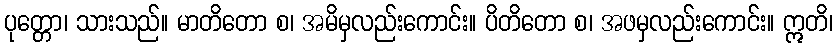
ပုတ္တော၊ သားသည်။ မာတိတော စ၊ အမိမှလည်းကောင်း။ ပိတိတော စ၊ အဖမှလည်းကောင်း။ ဣတိ၊